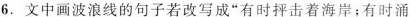
6.文中画波浪线的句子若改写成”有时抨击着海岸；有时涌